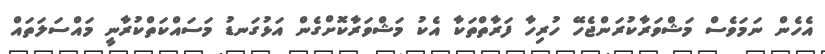
އެހެން ނަމަވެސް މަޝްވަރާކުރަންޖެހޭ ހުރިހާ ފަރާތްތަކާ އެކު މަޝްވަރާކޮށްގެން އަޅުގަނޑު މަސައްކަތްކުރާނީ މައްސަލަތައް